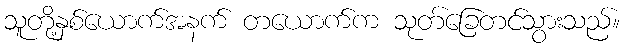
သူတို့နှစ်ယောက်အနက် တယောက်က သုတ်ခြေတင်သွားသည်။